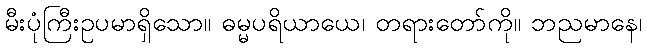
မီးပုံကြီးဥပမာရှိသော။ ဓမ္မပရိယာယေ၊ တရားတော်ကို။ ဘညမာနေ၊